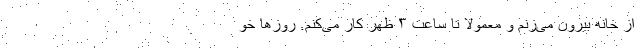
از خانه بیرون می‌زنم و معمولاً تا ساعت ۳ ظهر کار می‌کنم. روزها خو